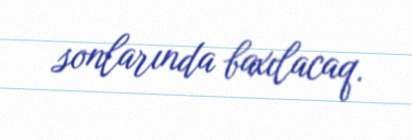
sonlarında baxılacaq.